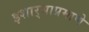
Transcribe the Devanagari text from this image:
इशार्‍याप्रमाणे